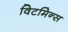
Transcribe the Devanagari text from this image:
विटमिन्स